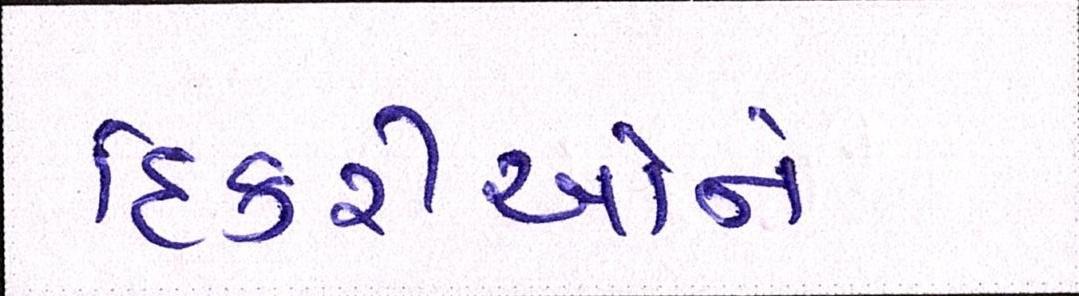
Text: દિકરીઓને